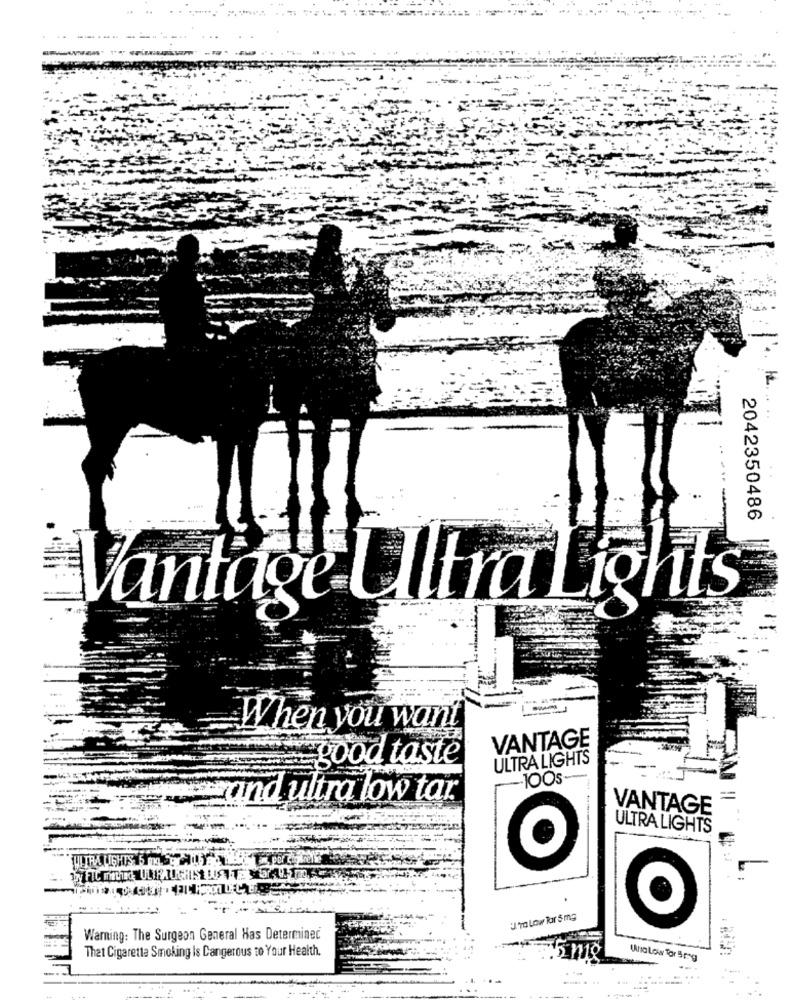
-----.
2042350486
Vantage Ullt ra Lights
When you want
VANTAGE
good taste
ULTRA LIGHTS
-100s
and ultra low tar
=
VANTAGE
ULTRA LIGHTS
ULTRA LIGHTS
Boy FIC m
TO LOW For 5 mg
Warning: The Surgeon General Has Determined
That Cigarette Smoking Is Dangerous to Your Health.
Una Loww Tor 5mg